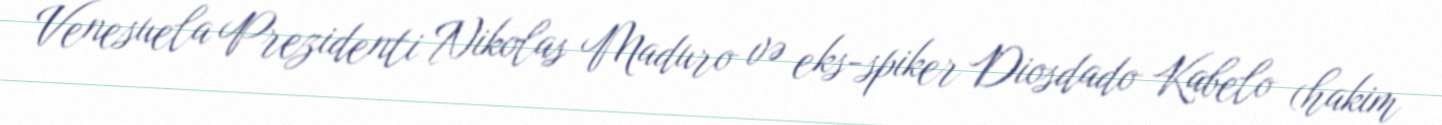
Venesuela Prezidenti Nikolas Maduro və eks-spiker Diosdado Kabelo (hakim